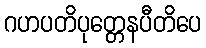
ဂဟပတိပုတ္တေနပီတိပေ